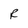
Character: R